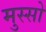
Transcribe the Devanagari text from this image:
मुस्सो